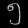
Digit: ၅